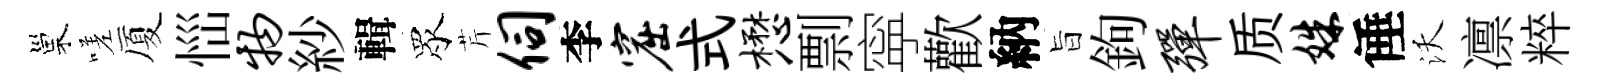
巢嗟厦𢙉物紗輯眾芹伺李窟式懋剽寜歡納旨鉤弹质姝倕沃凛粹